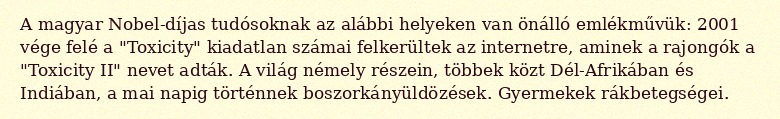
A magyar Nobel-díjas tudósoknak az alábbi helyeken van önálló emlékművük: 2001 vége felé a "Toxicity" kiadatlan számai felkerültek az internetre, aminek a rajongók a "Toxicity II" nevet adták. A világ némely részein, többek közt Dél-Afrikában és Indiában, a mai napig történnek boszorkányüldözések. Gyermekek rákbetegségei.